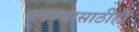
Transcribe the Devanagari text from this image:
बनण्यासाठीही